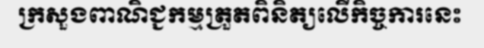
ក្រសួងពាណិជ្ជកម្មត្រួតពិនិត្យលើកិច្ចការនេះ